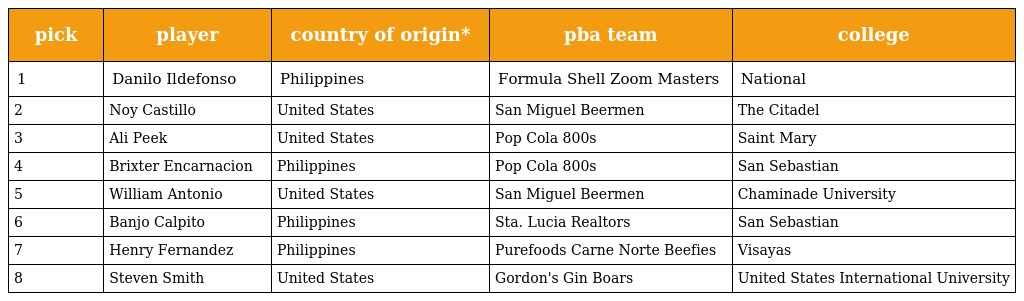
| pick | player | country of origin* | pba team | college |
 | --- | --- | --- | --- | --- |
 | 1 | Danilo Ildefonso | Philippines | Formula Shell Zoom Masters | National |
 | 2 | Noy Castillo | United States | San Miguel Beermen | The Citadel |
 | 3 | Ali Peek | United States | Pop Cola 800s | Saint Mary |
 | 4 | Brixter Encarnacion | Philippines | Pop Cola 800s | San Sebastian |
 | 5 | William Antonio | United States | San Miguel Beermen | Chaminade University |
 | 6 | Banjo Calpito | Philippines | Sta. Lucia Realtors | San Sebastian |
 | 7 | Henry Fernandez | Philippines | Purefoods Carne Norte Beefies | Visayas |
 | 8 | Steven Smith | United States | Gordon's Gin Boars | United States International University |